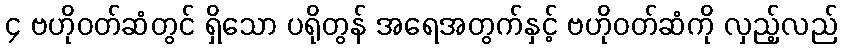
၄ ဗဟိုဝတ်ဆံတွင် ရှိသော ပရိုတွန် အရေအတွက်နှင့် ဗဟိုဝတ်ဆံကို လှည့်လည်